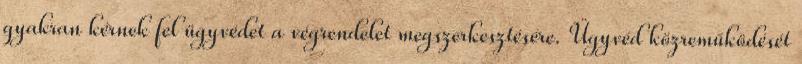
gyakran kérnek fel ügyvédet a végrendelet megszerkesztésére. Ügyvéd közreműködését